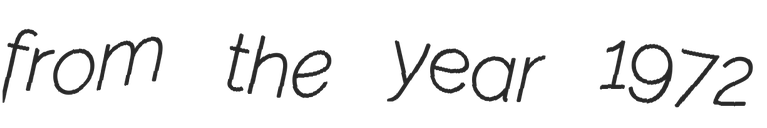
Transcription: from the year 1972